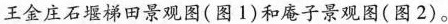
王金庄石堰梯田景观图(图1)和庵子景观图(图2)。